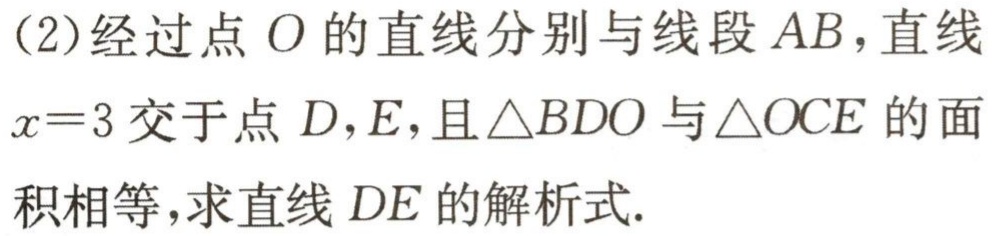
(2)经过点\(O\)的直线分别与线段\(AB\)，直线\(x = 3\)交于点\(D,E\)，且\(\triangle BDO\)与\(\triangle OCE\)的面积相等，求直线\(DE\)的解析式.